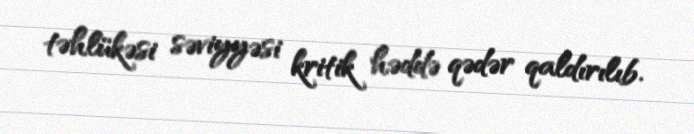
təhlükəsi səviyyəsi kritik həddə qədər qaldırılıb.